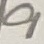
Text: 9